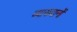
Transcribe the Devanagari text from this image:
व्‍याख्‍यानों